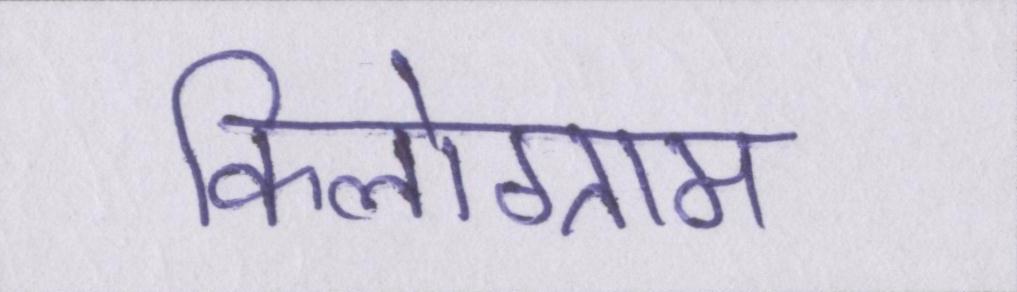
किलोग्राम